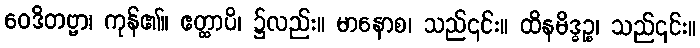
ဝေဒိတဗ္ဗာ၊ ကုန်၏။ ဧတ္ထာပိ၊ ၌လည်း။ မာနောစ၊ သည်၎င်း။ ထိနမိဒ္ဓဉ္စ၊ သည်၎င်း။